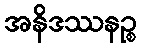
အနိဒဿနဉ္စ